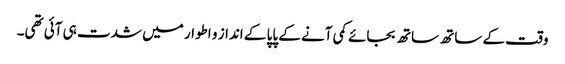
وقت کے ساتھ ساتھ بجائے کمی آنے کے پاپا کے انداز و اطوار میں شدت ہی آئی تھی۔